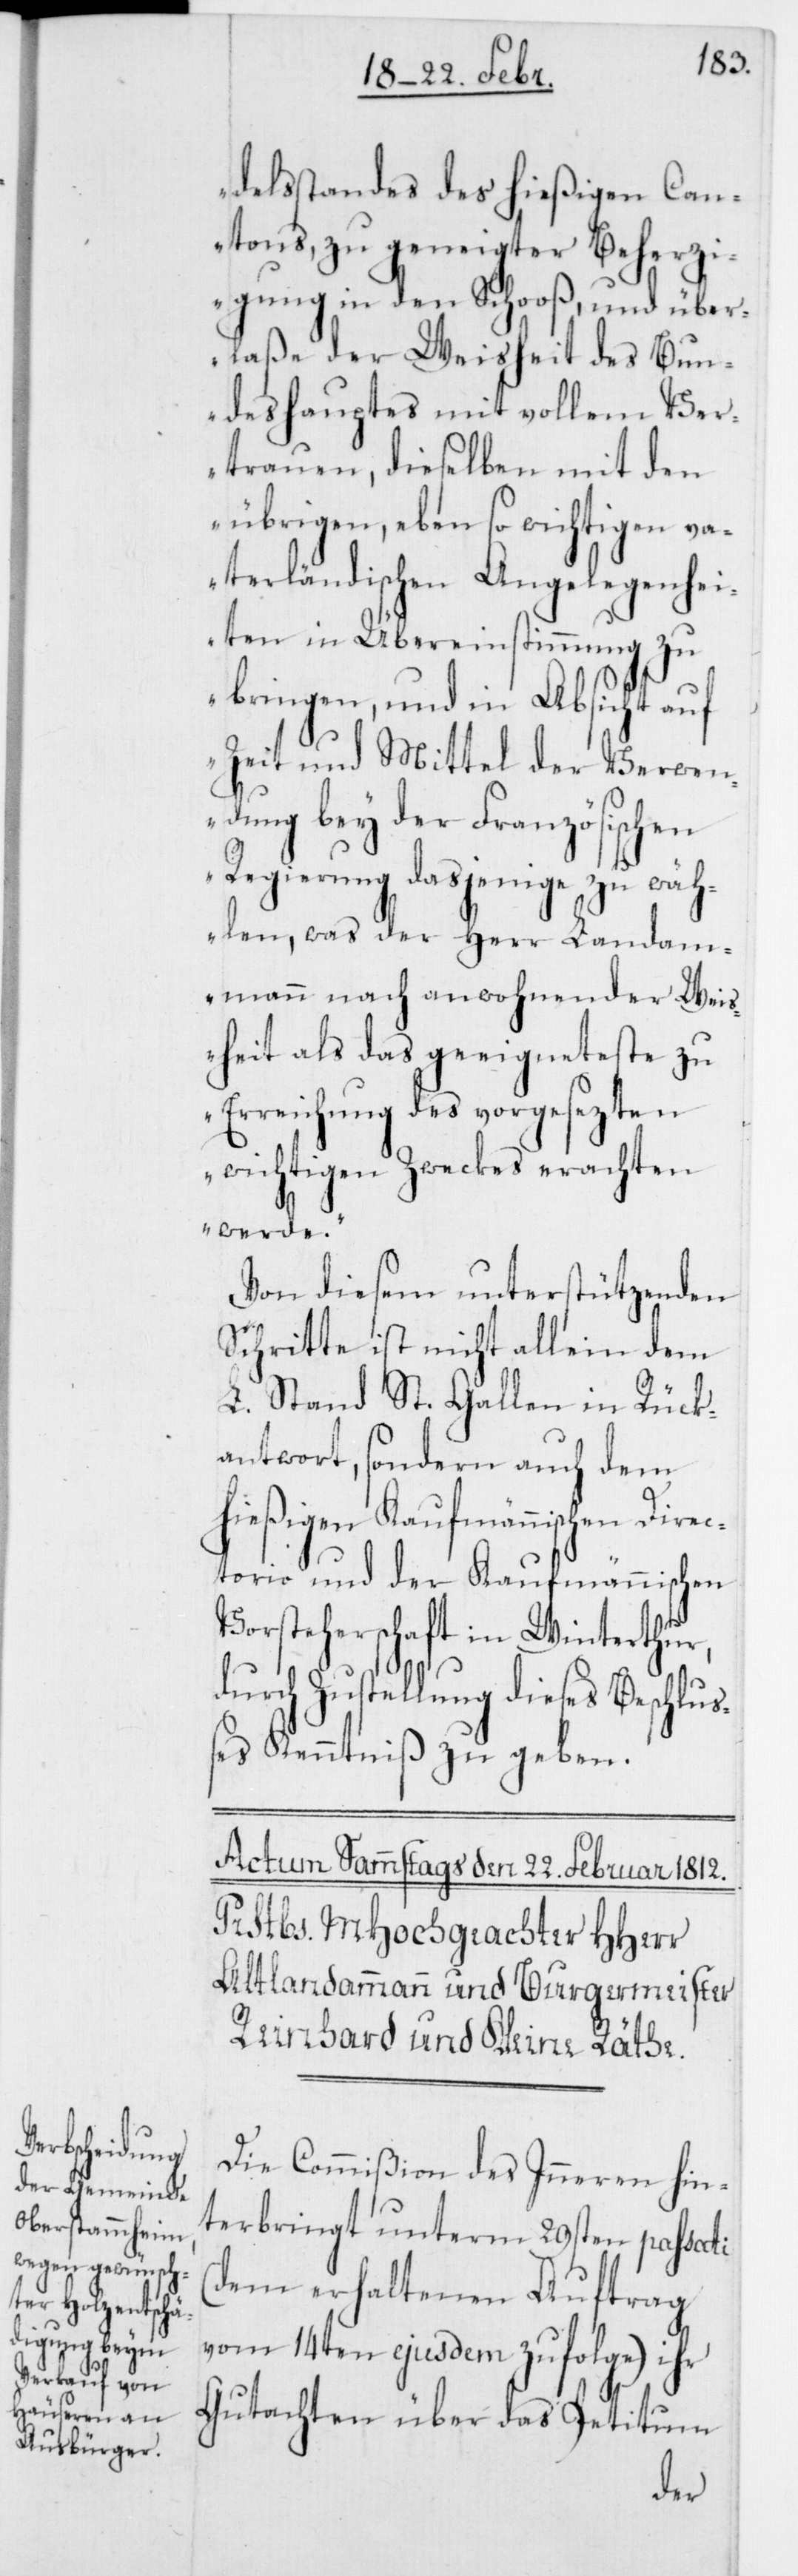
delsstandes des hießigen Can¬
tons, zu geneigter Beherz¬
igung in den Schooß, und über¬
laße der Weisheit des Bun¬
deshauptes mit vollem Ver¬
trauen, dieselben mit den
übrigen, eben so wichtigen va¬
terländischen Angelegenhei¬
ten in Übereinstimmung zu
bringen, und in Absicht auf
Zeit und Mittel der Verwen¬
dung bey der Französischen
Regierung dasjenige zu wäh¬
len, was der Herr Landam¬
mann nach anwohnender Weis¬
heit als das geeigneteste zu
Erreichung des vorgesezten
wichtigen Zweckes erachten
werde.“
Von diesem unterstützenden
Schritte ist nicht allein dem
L. Stand St. Gallen in Rück¬
antwort, sondern auch dem
hießigen Kaufmännischen Dire¬
ctorio und der Kaufmännischen
Vorsteherschaft in Winterthur,
durch Zustellung dieses Beschluß¬
es Kenntniß zu geben.
Die Commißion des Inneren hin¬
terbringt unterm 29sten passati
(dem erhaltenen Auftrag
vom 14ten ejusdem zufolge) ihr
Gutachten über das Petitum